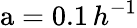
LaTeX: \mathrm{a}=0.1\, h^{-1}